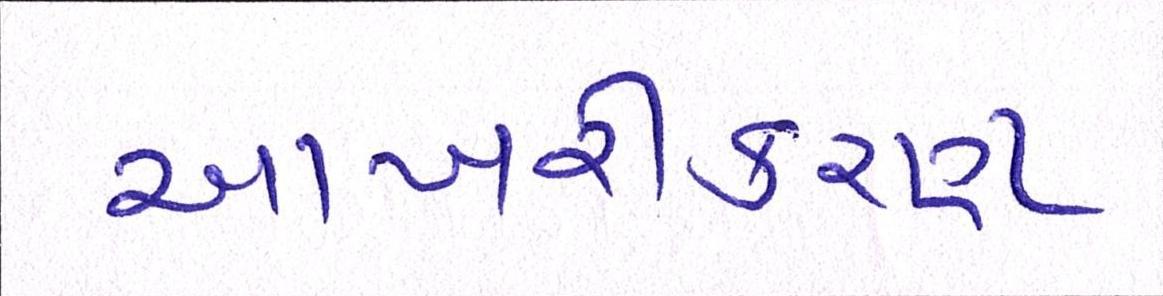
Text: આખરીકરણ